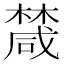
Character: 𣜕